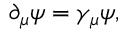
\partial _ { \mu } \psi = \gamma _ { \mu } \psi ,